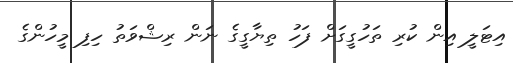
އިޓަލީ އިން ކުރި ތަހުގީގަށް ފަހު ތިޔާގީގެ ނަން ރިޝްވަތު ހިފި މީހުންގެ